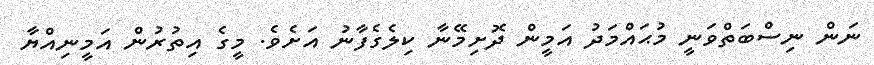
ނަން ނިސްބަތްވަނީ މުޙައްމަދު އަމީން ދޮށިމޭނާ ކިލެގެފާނު އަށެވެ. މީގެ އިތުރުން އަމީނިއްޔާ